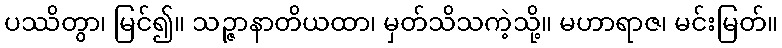
ပဿိတွာ၊ မြင်၍။ သဉ္ဇာနာတိယထာ၊ မှတ်သိသကဲ့သို့။ မဟာရာဇ၊ မင်းမြတ်။